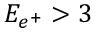
E _ { e ^ { + } } > 3